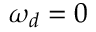
\omega _ { d } = 0